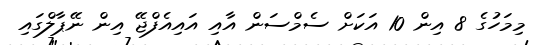
މިމަހުގެ 8 އިން 10 އަކަށް ސެމްސަން އާއި އައިއެފްޖޭ އިން ނޭޕާލްގައި